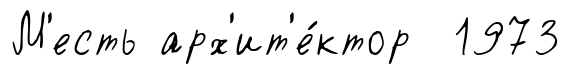
М'есть арх'ит'е́ктор 1973